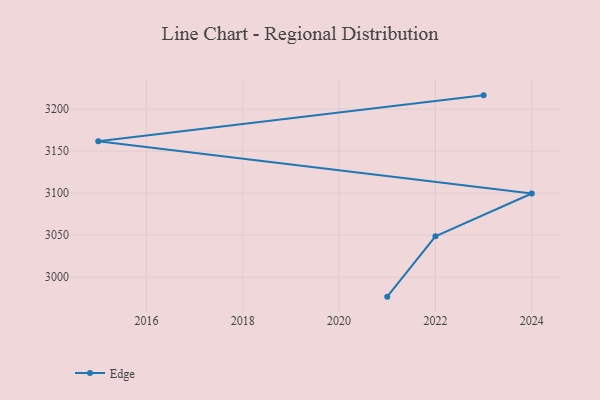
{"axis": {"x": "Year", "y": "Net Income (USD K)"}, "legend": ["Edge"], "data": [{"x": "2023", "y": 3216.4, "type": "Edge"}, {"x": "2015", "y": 3161.7, "type": "Edge"}, {"x": "2024", "y": 3099.6, "type": "Edge"}, {"x": "2022", "y": 3048.6, "type": "Edge"}, {"x": "2021", "y": 2976.8, "type": "Edge"}]}